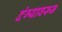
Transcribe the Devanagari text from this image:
दंग्यावरून